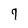
Character: 7